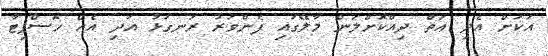
އަކަށް އެދި އަތް ދިއްކޮށްލަން މާލޭގައި ފެންވަރު ރަނގަޅު އަދި އެއް ހޮސްޕިޓާ